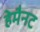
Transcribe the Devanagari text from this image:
हेमैनट